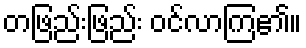
တဖြည်းဖြည်း ဝင်လာကြ၏။